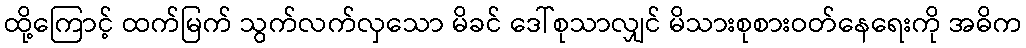
ထို့ကြောင့် ထက်မြက် သွက်လက်လှသော မိခင် ဒေါ်စုသာလျှင် မိသားစုစားဝတ်နေရေးကို အဓိက